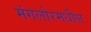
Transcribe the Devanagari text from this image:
मंगलोरमधील